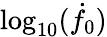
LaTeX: \log_{10}(\dot{f}_{0})